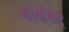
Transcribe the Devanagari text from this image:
नोव्हेंबर्